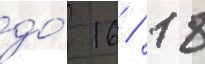
до́ 16 / 18